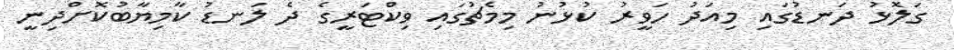
ގަލޮޅު ދަނޑުގައި މިއަދު ހަވީރު ކުޅުނު މިމެޗުގައި ވިކްޓަރީގެ ދެ ލަނޑު ކާމިޔާބުކޮށްދިނީ